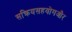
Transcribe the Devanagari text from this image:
सक्रियसहयोगऔर